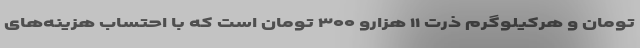
تومان و هرکیلوگرم ذرت ۱۱ هزارو ۳۰۰ تومان است که با احتساب هزینه‌های